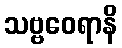
သဗ္ဗဝေရာနိ